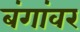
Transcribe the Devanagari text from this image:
बंगांवर